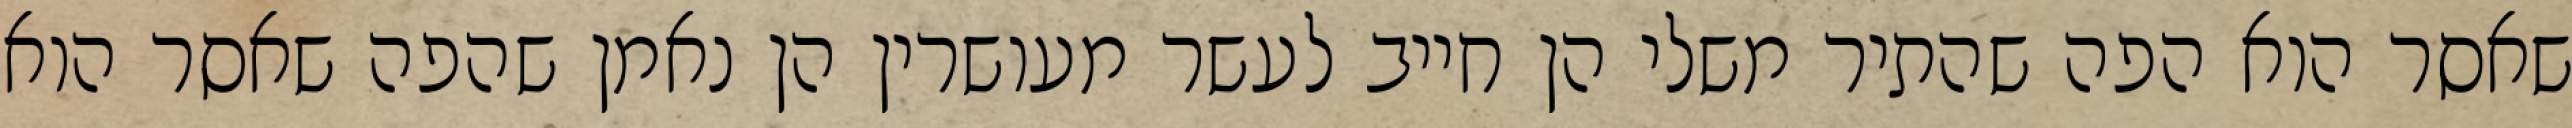
שאסר הוא הפה שהתיר משלי הן חייב לעשר מעושרין הן נאמן שהפה שאסר הוא